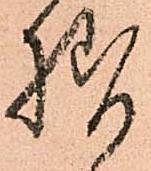
様